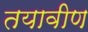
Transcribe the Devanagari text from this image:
तयावीण